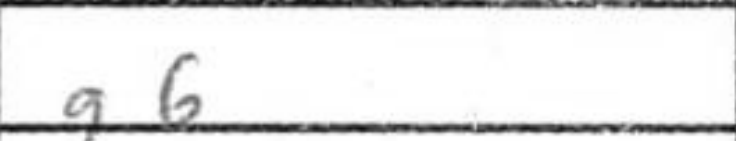
Transcription: g6